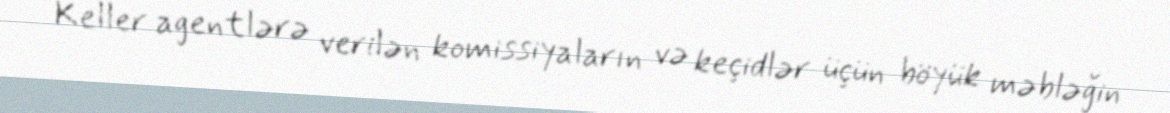
Keller agentlərə verilən komissiyaların və keçidlər üçün böyük məbləğin